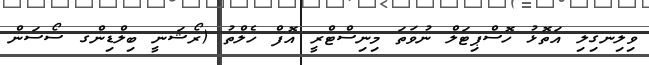
ވިލިނގިލި އަތޮޅު ހޮސްޕިޓަލް ނުވަތަ މިނިސްޓްރީ އޮފް ހެލްތު (ރޯޝަނީ ބިލްޑިންގ ސޯސަން